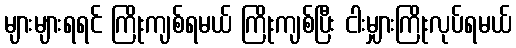
များများရရင် ကြိုးကျစ်ရမယ် ကြိုးကျစ်ပြီး ငါးမျှားကြိုးလုပ်ရမယ်